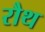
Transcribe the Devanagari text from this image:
रौथ